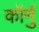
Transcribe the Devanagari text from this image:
कॉर्नु